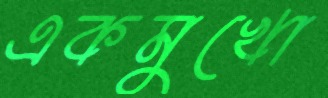
একমুখো